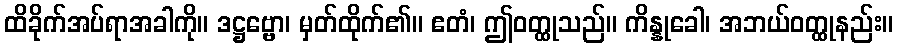
ထိခိုက်အပ်ရာအခါကို။ ဒဋ္ဌဗ္ဗော၊ မှတ်ထိုက်၏။ ဧတံ၊ ဤဝတ္ထုသည်။ ကိန္နုခေါ၊ အဘယ်ဝတ္ထုနည်း။